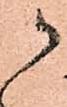
か